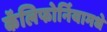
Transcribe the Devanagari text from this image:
कॅलिफोर्नियामधे